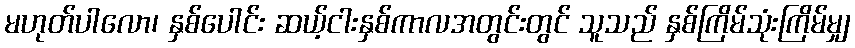
မဟုတ်ပါလော၊ နှစ်ပေါင်း ဆယ့်ငါးနှစ်ကာလအတွင်းတွင် သူသည် နှစ်ကြိမ်သုံးကြိမ်မျှ